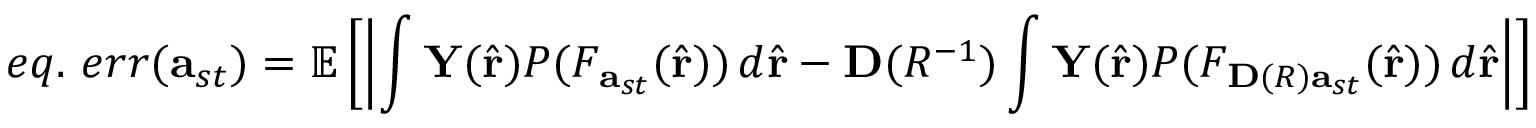
e q . \mathrm { ~ } e r r ( \mathbf { a } _ { s t } ) = \mathbb { E } \left[ \left| \int \mathbf { Y } ( \hat { \mathbf { r } } ) P ( F _ { \mathbf { a } _ { s t } } ( \hat { \mathbf { r } } ) ) \, d \hat { \mathbf { r } } - \mathbf { D } ( R ^ { - 1 } ) \int \mathbf { Y } ( \hat { \mathbf { r } } ) P ( F _ { \mathbf { D } ( R ) \mathbf { a } _ { s t } } ( \hat { \mathbf { r } } ) ) \, d \hat { \mathbf { r } } \right| \right]